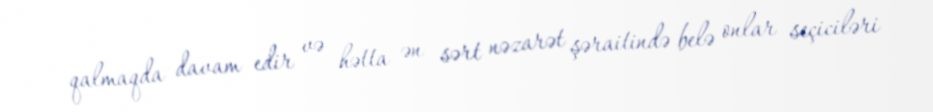
qalmaqda davam edir və hətta ən sərt nəzarət şəraitində belə onlar seçiciləri